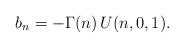
LaTeX: \begin{align*}b_n = -\Gamma(n)\, U(n,0,1).\end{align*}